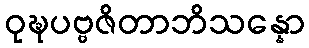
ဝုဍ္ဎပဗ္ဗဇိတာဘိသန္နော